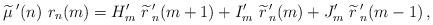
LaTeX: \begin{align*}\widetilde{\mu}\,'(n)\ r_n(m)=H'_{m}\ \widetilde{r}\,'_{n}(m+1) +I'_m\ \widetilde{r}\,'_{n}(m) +J'_m\ \widetilde{r}\,'_{n}(m-1) \,,\end{align*}